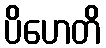
ပိဟေတိ